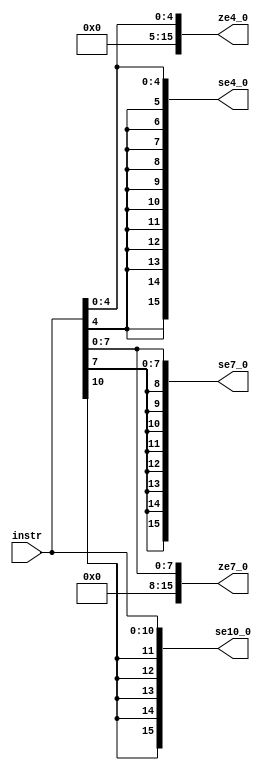
module s_z_extend(instr, se4_0, se7_0, se10_0, ze4_0, ze7_0);

    input [10:0] instr;

    output [15:0] se4_0, se7_0, se10_0, ze4_0, ze7_0;

    wire [10:0] instr4_0;
    wire [7:0] instr7_0;
    wire [4:0] instr10_0;

    //sign extend
    assign instr4_0 = {11{instr[4]}};
    assign instr7_0 = {8{instr[7]}};
    assign instr10_0 = {5{instr[10]}};

    //sign extend concatenation
    assign se4_0 = {instr4_0, instr[4:0]};
    assign se7_0 = {instr7_0, instr[7:0]};
    assign se10_0 = {instr10_0, instr[10:0]};

    //zero extend
    assign ze4_0 = {11'b0, instr[4:0]};
    assign ze7_0 = {8'h00, instr[7:0]};

endmodule